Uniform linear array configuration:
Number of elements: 48
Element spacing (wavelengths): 1
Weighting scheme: blackman
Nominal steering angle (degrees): -60
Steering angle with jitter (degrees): -60.204
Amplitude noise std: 0.05
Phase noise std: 0.05

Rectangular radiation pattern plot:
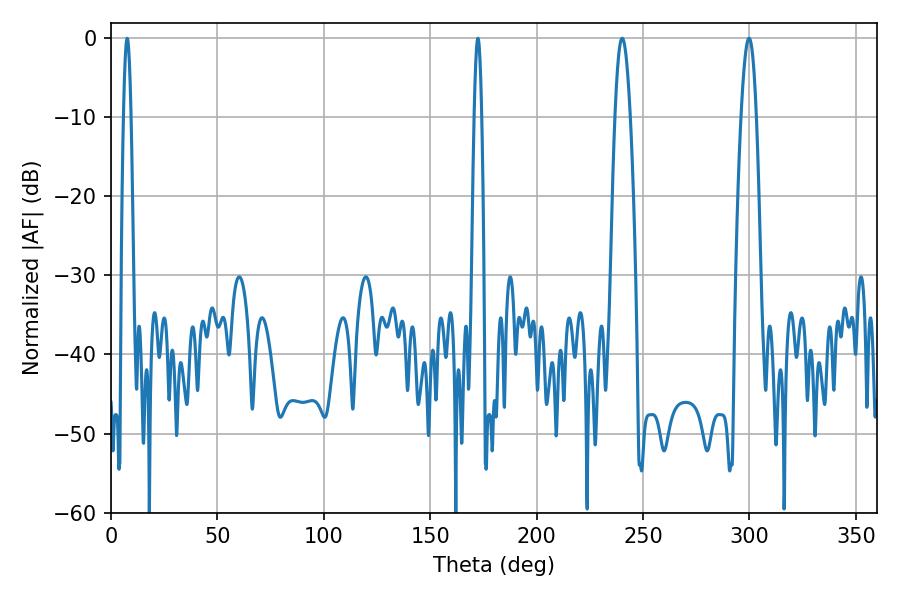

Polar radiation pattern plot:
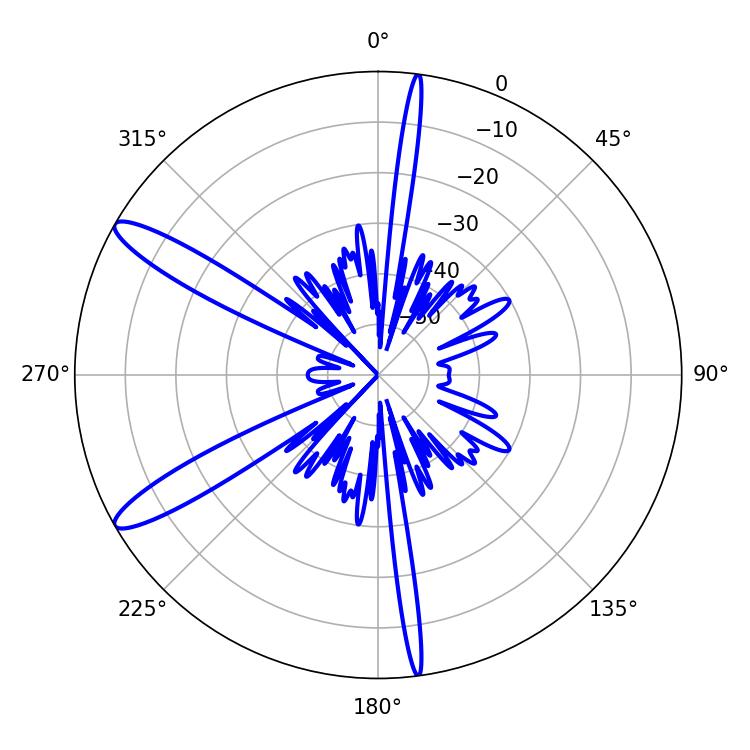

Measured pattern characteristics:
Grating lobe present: TRUE
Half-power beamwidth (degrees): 1.8
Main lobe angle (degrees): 7.56